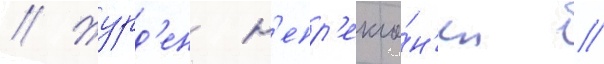
// Журд'ен н'епр'екло́н'ен //